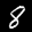
Label: 8